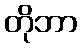
တိုဘာ